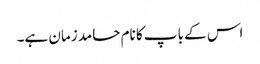
اس کے باپ کا نام حامد زمان ہے۔